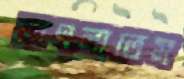
বাৎলাতেম